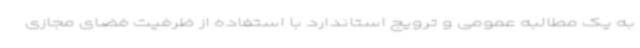
به یک مطالبه عمومی و ترویج استاندارد با استفاده از ظرفیت فضای مجازی